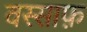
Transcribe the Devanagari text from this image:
वस्साफ़